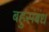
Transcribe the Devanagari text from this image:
बहुसंबंध